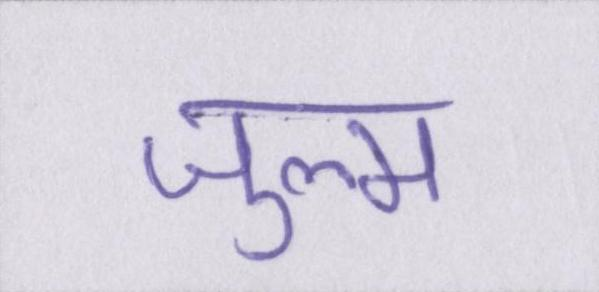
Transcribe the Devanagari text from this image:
ज़ुल्म